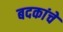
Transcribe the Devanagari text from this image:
बदकांचे